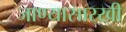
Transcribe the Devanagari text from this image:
जाण्यासारखी